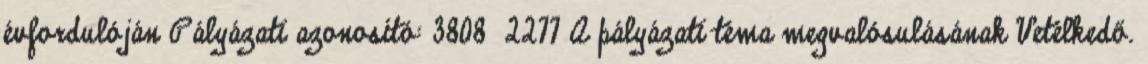
évfordulóján Pályázati azonosító: 3808 2277 A pályázati téma megvalósulásának Vetélkedő.